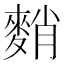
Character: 𪌯